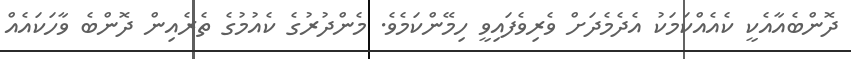
ދޮންބެއާއެކީ ކެއެއްކަމަކު އެދެމެދަށް ވެރިވެފައިވީ ހިމޭންކަމެވެ. މެންދުރުގެ ކެއުމުގެ ތެރެއިން ދޮންބެ ވާހަކައެއް